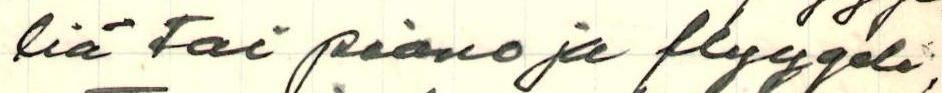
liä tai piano ja flyygeli,